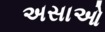
અસાઓ